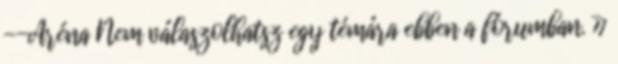
--Aréna Nem válaszolhatsz egy témára ebben a fórumban. »